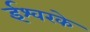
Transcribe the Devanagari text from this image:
ईश्वरके